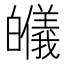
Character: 𱱾